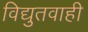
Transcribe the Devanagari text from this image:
विद्युतवाही